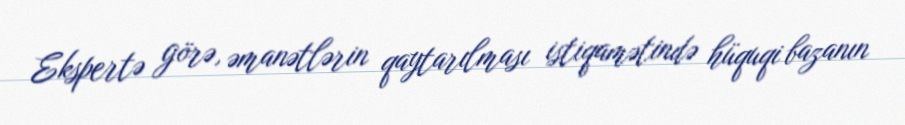
Ekspertə görə, əmanətlərin qaytarılması istiqamətində hüquqi bazanın